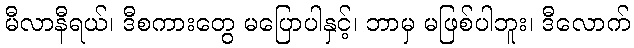
မီလာနီရယ်၊ ဒီစကားတွေ မပြောပါနှင့်၊ ဘာမှ မဖြစ်ပါဘူး၊ ဒီလောက်